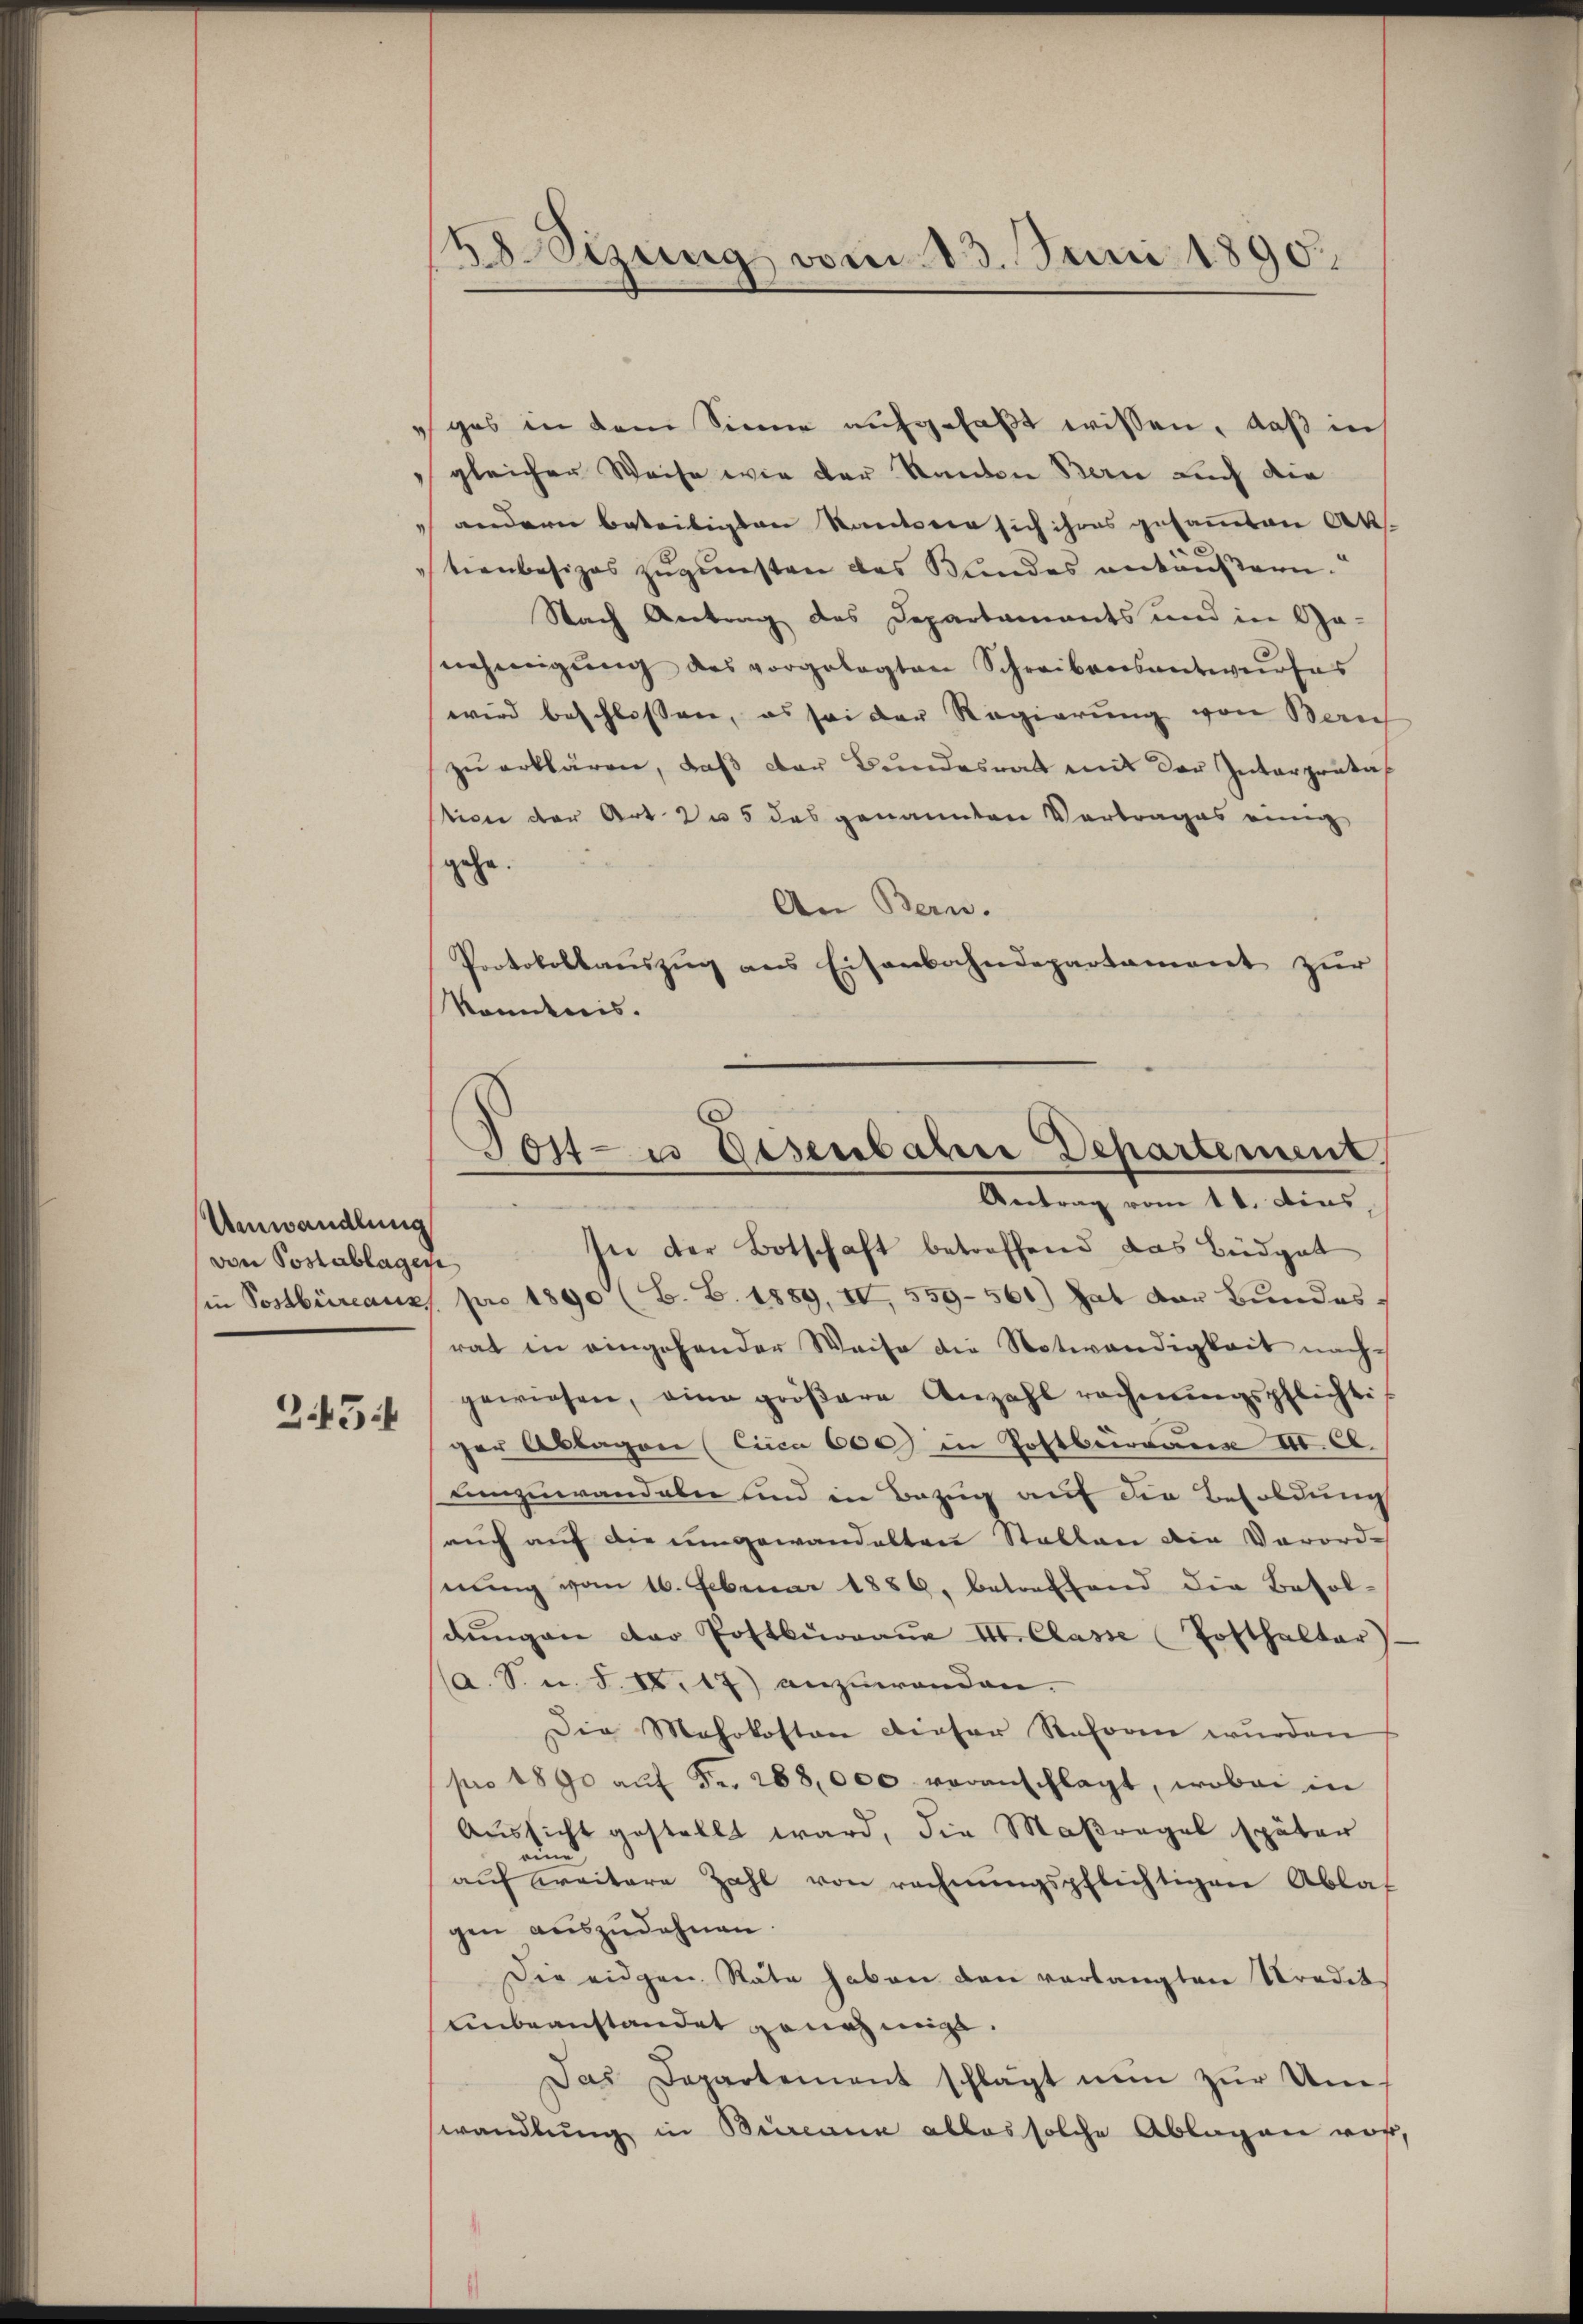
Umwandlung
von Postablagen
Z.45

)
3 Sizung vom 13. Juni 1890.

eges in dem Sinne aufgefaßt wissen, daß in
gleicher Weise wie der Kanton Bern auch die
andern beseitigten Kantonen sich ihres gesammten Aktienbesizes zugunsten das Bundes ankäußern.
Nach Antrag des Departaments und in Ga-
nehmigŭng des vorgelegten Schreibensantwurfes
wird beschlossen, es sei der Regierung von Zürich
zŭ erklären, daβ der Bundesrat mit der Interpretastice der Art. 2 u 5 das genannten Vortrages einig
gehe.
An Bern.
Protokollaŭszŭg ans Eisenbahndepartament zŭr
komdnis.

Tost- u Eisenbahne Departement
Antrag vom 11. dies,

In der Botschaft betreffend das Büdget
in Postbüreaux pro 1890 (B. B. 1889, IV, 559-561) hat der Bundesrat in eingehender Weise die Notwendigkeit nachgewiesen, eine gröβere Anzahl rechnŭngspflichtiger Ablagen (circa 600 in Postbürgane III. Cl.
umzuwandeln und in Bezug auf die Besoldung
auch auf die umgewandelten Stallen die Verord-
nung vom 16. Februar 1889, betreffend die Besoldŭngen der Postbürgane III. Classe Posthalter)
(a. S. n. F. IX. 17) anzuwenden.
Die Mehrkosten dieser Reforn wurden
pro 1890 aŭf Fr. 288,000 voranschlagt, wobei in
Aussicht gestellt ward, die Maßregel später
u
auf weitere Zahl von rechnŭngspflichtigen Ablas
gen auszudehnen.
Die eidgen. Stäte haben den verlangten Stradit
unbeanstandet genehmigt.
Das Departement schlägt nun zur Umwandlung in Bureau alles solche Ablagen vor,